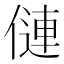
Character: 僆